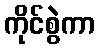
ကိုင်စွဲကာ